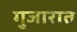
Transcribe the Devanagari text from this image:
गुजारात